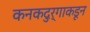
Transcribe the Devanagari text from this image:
कनकदुर्गाकडून